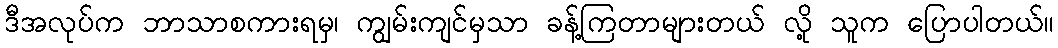
ဒီအလုပ်က ဘာသာစကားရမှ၊ ကျွမ်းကျင်မှသာ ခန့်ကြတာများတယ် လို့ သူက ပြောပါတယ်။